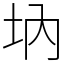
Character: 㘨